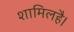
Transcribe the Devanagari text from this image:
शामिलहै।